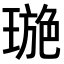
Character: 𤧾